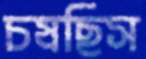
চষছিস